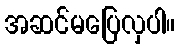
အဆင်မပြေလှပါ။